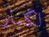
لكبار